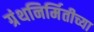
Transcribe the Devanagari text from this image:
ग्रंथनिर्मितीच्या